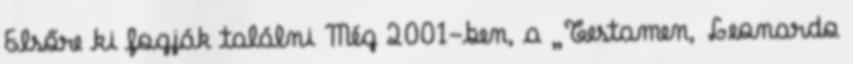
Elsőre ki fogják találni Még 2001-ben, a „Testamen, Leonardo